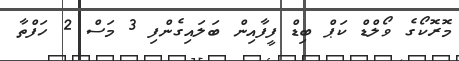
މޮރޮކޯގެ ވޯލްޑް ކަޕް ބިޑް ފީފާއިން ބަލައިގެންފި 3 މަސް 2 ހަފްތާ